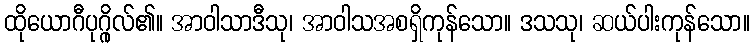
ထိုယောဂီပုဂ္ဂိုလ်၏။ အာဝါသာဒီသု၊ အာဝါသအစရှိကုန်သော။ ဒသသု၊ ဆယ်ပါးကုန်သော။